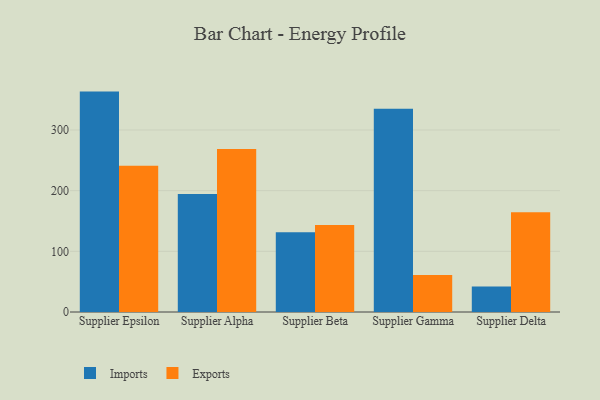
{"axis": {"x": "Supplier", "y": "Shipments"}, "legend": ["Exports", "Imports"], "data": [{"x": "Supplier Epsilon", "y": 363.3, "type": "Imports"}, {"x": "Supplier Epsilon", "y": 241.2, "type": "Exports"}, {"x": "Supplier Alpha", "y": 194.6, "type": "Imports"}, {"x": "Supplier Alpha", "y": 268.8, "type": "Exports"}, {"x": "Supplier Beta", "y": 131.6, "type": "Imports"}, {"x": "Supplier Beta", "y": 143.3, "type": "Exports"}, {"x": "Supplier Gamma", "y": 335.2, "type": "Imports"}, {"x": "Supplier Gamma", "y": 61.1, "type": "Exports"}, {"x": "Supplier Delta", "y": 42.0, "type": "Imports"}, {"x": "Supplier Delta", "y": 164.6, "type": "Exports"}]}